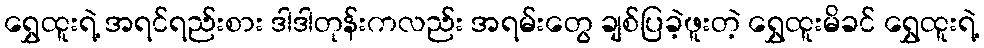
ရွှေထူးရဲ့ အရင်ရည်းစား ဒါဒါတုန်းကလည်း အရမ်းတွေ ချစ်ပြခဲ့ဖူးတဲ့ ရွှေထူးမိခင် ရွှေထူးရဲ့